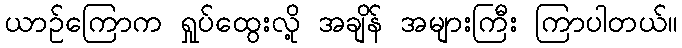
ယာဉ်ကြောက ရှုပ်ထွေးလို့ အချိန် အများကြီး ကြာပါတယ်။